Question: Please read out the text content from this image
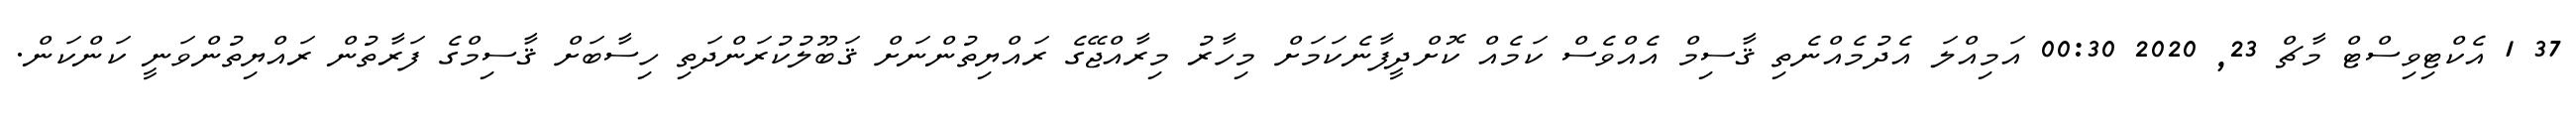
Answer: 37 1 އެކްޓިވިސްޓް މާޗް 23, 2020 00:30 އަމިއްލަ އެދުމެއްނެތި ޤާސިމް އެއްވެސް ކަމެއް ކޮށްދީފާނެކަމަށް މިހާރު މިރާއްޖޭގެ ރައްޔިތުންނަށް ޤަބޫލުކުރަންދަތި ހިސާބަށް ޤާސިމްގެ ފަރާތުން ރައްޔިތުންވަނީ ކަންކަން.